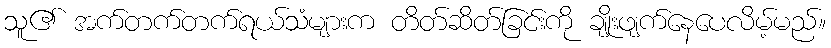
သူ၏ အက်တက်တက်ရယ်သံများက တိတ်ဆိတ်ခြင်းကို ချိုးဖျက်နေပေလိမ့်မည်။